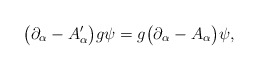
\begin{align*}\bigl(\partial_\alpha - A'_\alpha\bigr)g\psi = g\bigl(\partial_\alpha- A_\alpha\bigr)\psi,\end{align*}